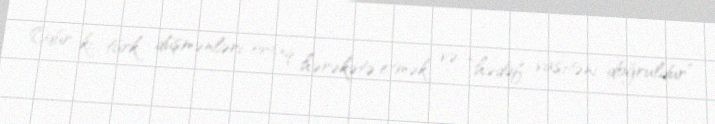
Odur ki, türk düşmənləri ortaq hərəkətə etmək və “hədəf vasitəni doğruldur”